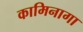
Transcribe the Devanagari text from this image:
कामिनागा